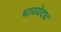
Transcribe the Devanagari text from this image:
धावयेदथ